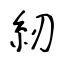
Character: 紉